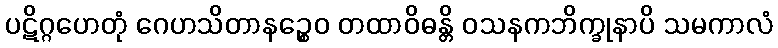
ပဋိဂ္ဂဟေတုံ ဂေဟသိတာနဉ္စေဝ တထာဝိဓန္တိ ဝသနကဘိက္ခုနာပိ သမကာလံ